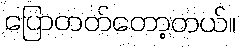
ပြောတတ်တော့တယ်။